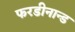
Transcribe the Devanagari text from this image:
फरडीनान्ड